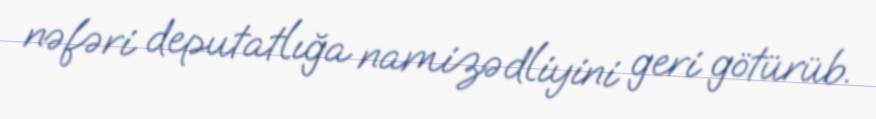
nəfəri deputatlığa namizədliyini geri götürüb.